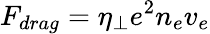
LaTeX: F_{drag}=\eta_{\perp}e^{2}n_{e}v_{e}